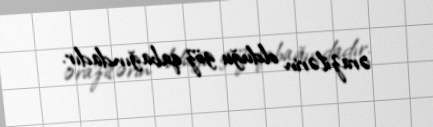
ərazilərin olduğu göz qabağındadır.